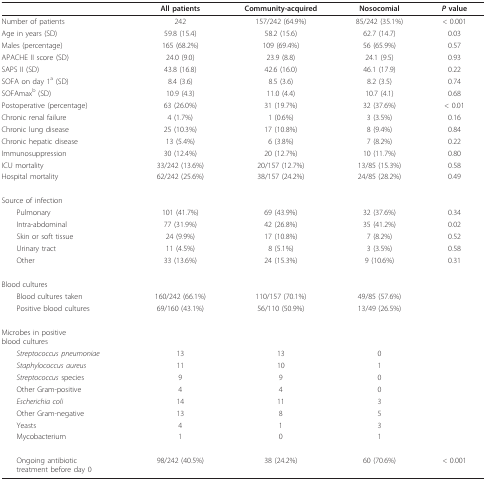
<table><thead><tr><td></td><td><b>All patients</b></td><td><b>Community-acquired</b></td><td><b>Nosocomial</b></td><td><b><i>P </i>value</b></td></tr></thead><tbody><tr><td>Number of patients</td><td>242</td><td>157/242 (64.9%)</td><td>85/242 (35.1%)</td><td>&lt; 0.001</td></tr><tr><td>Age in years (SD)</td><td>59.8 (15.4)</td><td>58.2 (15.6)</td><td>62.7 (14.7)</td><td>0.03</td></tr><tr><td>Males (percentage)</td><td>165 (68.2%)</td><td>109 (69.4%)</td><td>56 (65.9%)</td><td>0.57</td></tr><tr><td>APACHE II score (SD)</td><td>24.0 (9.0)</td><td>23.9 (8.8)</td><td>24.1 (9.5)</td><td>0.93</td></tr><tr><td>SAPS II (SD)</td><td>43.8 (16.8)</td><td>42.6 (16.0)</td><td>46.1 (17.9)</td><td>0.22</td></tr><tr><td>SOFA on day 1<sup>a </sup>(SD)</td><td>8.4 (3.6)</td><td>8.5 (3.6)</td><td>8.2 (3.5)</td><td>0.74</td></tr><tr><td>SOFAmax<sup>b </sup>(SD)</td><td>10.9 (4.3)</td><td>11.0 (4.4)</td><td>10.7 (4.1)</td><td>0.68</td></tr><tr><td>Postoperative (percentage)</td><td>63 (26.0%)</td><td>31 (19.7%)</td><td>32 (37.6%)</td><td>&lt; 0.01</td></tr><tr><td>Chronic renal failure</td><td>4 (1.7%)</td><td>1 (0.6%)</td><td>3 (3.5%)</td><td>0.16</td></tr><tr><td>Chronic lung disease</td><td>25 (10.3%)</td><td>17 (10.8%)</td><td>8 (9.4%)</td><td>0.84</td></tr><tr><td>Chronic hepatic disease</td><td>13 (5.4%)</td><td>6 (3.8%)</td><td>7 (8.2%)</td><td>0.22</td></tr><tr><td>Immunosuppression</td><td>30 (12.4%)</td><td>20 (12.7%)</td><td>10 (11.7%)</td><td>0.80</td></tr><tr><td>ICU mortality</td><td>33/242 (13.6%)</td><td>20/157 (12.7%)</td><td>13/85 (15.3%)</td><td>0.58</td></tr><tr><td>Hospital mortality</td><td>62/242 (25.6%)</td><td>38/157 (24.2%)</td><td>24/85 (28.2%)</td><td>0.49</td></tr><tr><td>Source of infection</td><td></td><td></td><td></td><td></td></tr><tr><td> Pulmonary</td><td>101 (41.7%)</td><td>69 (43.9%)</td><td>32 (37.6%)</td><td>0.34</td></tr><tr><td> Intra-abdominal</td><td>77 (31.9%)</td><td>42 (26.8%)</td><td>35 (41.2%)</td><td>0.02</td></tr><tr><td> Skin or soft tissue</td><td>24 (9.9%)</td><td>17 (10.8%)</td><td>7 (8.2%)</td><td>0.52</td></tr><tr><td> Urinary tract</td><td>11 (4.5%)</td><td>8 (5.1%)</td><td>3 (3.5%)</td><td>0.58</td></tr><tr><td> Other</td><td>33 (13.6%)</td><td>24 (15.3%)</td><td>9 (10.6%)</td><td>0.31</td></tr><tr><td>Blood cultures</td><td></td><td></td><td></td><td></td></tr><tr><td> Blood cultures taken</td><td>160/242 (66.1%)</td><td>110/157 (70.1%)</td><td>49/85 (57.6%)</td><td></td></tr><tr><td> Positive blood cultures</td><td>69/160 (43.1%)</td><td>56/110 (50.9%)</td><td>13/49 (26.5%)</td><td></td></tr><tr><td>Microbes in positiveblood cultures</td><td></td><td></td><td></td><td></td></tr><tr><td> <i>Streptococcus pneumoniae</i></td><td>13</td><td>13</td><td>0</td><td></td></tr><tr><td> <i>Staphylococcus aureus</i></td><td>11</td><td>10</td><td>1</td><td></td></tr><tr><td> <i>Streptococcus </i>species</td><td>9</td><td>9</td><td>0</td><td></td></tr><tr><td> Other Gram-positive</td><td>4</td><td>4</td><td>0</td><td></td></tr><tr><td> <i>Escherichia coli</i></td><td>14</td><td>11</td><td>3</td><td></td></tr><tr><td> Other Gram-negative</td><td>13</td><td>8</td><td>5</td><td></td></tr><tr><td> Yeasts</td><td>4</td><td>1</td><td>3</td><td></td></tr><tr><td> Mycobacterium</td><td>1</td><td>0</td><td>1</td><td></td></tr><tr><td> Ongoing antibiotictreatment before day 0</td><td>98/242 (40.5%)</td><td>38 (24.2%)</td><td>60 (70.6%)</td><td>&lt; 0.001</td></tr></tbody></table>